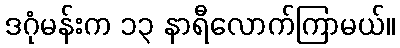
ဒဂုံမန်းက ၁၃ နာရီလောက်ကြာမယ်။